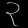
Digit: ၃